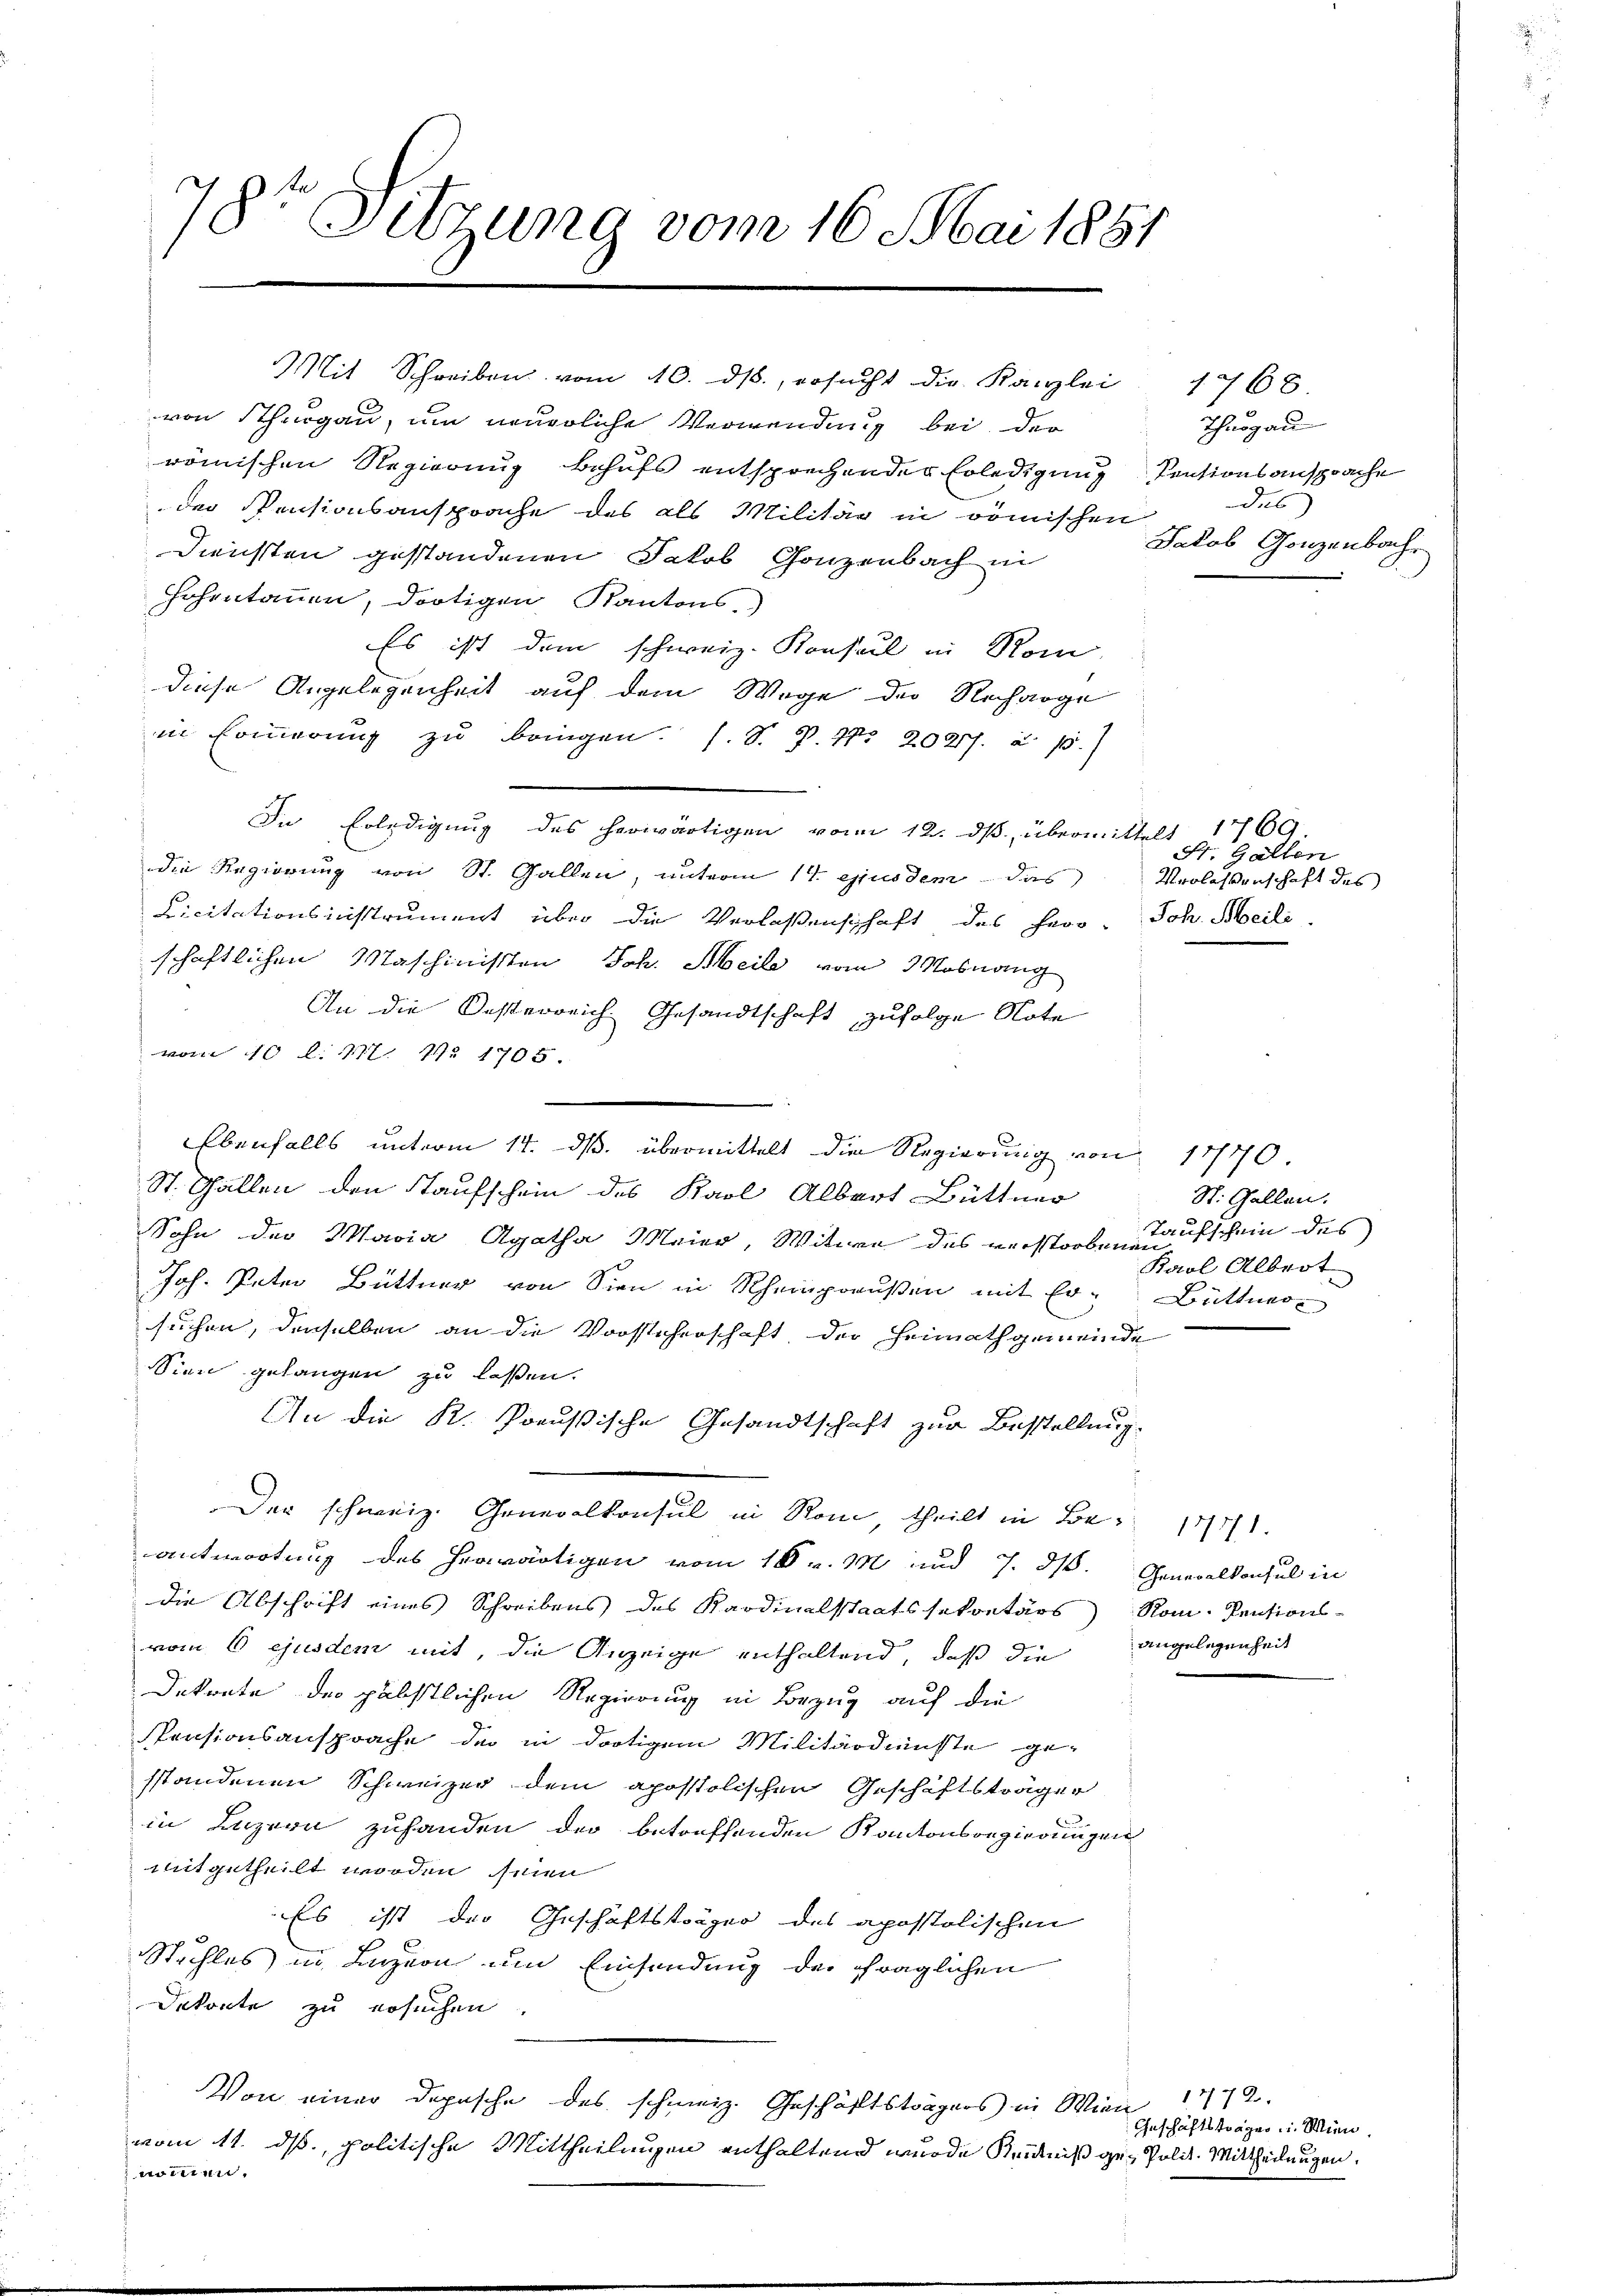
78. Sitzung vom 16. Mai 1881

von Thurgau, um wurdliche Verwendung bei der
römischen Regierung behufs entsprechender Erledigung Sentionsansprache
der Pensionsansprache des als Militär in römischen
Diensten gestandenen Jakob Ganzenbach in
Hohentanen, dortigen Kantons.)
Es ist dem schweiz. Konsul in Rom
diese Angelegenheit auf dem Wege der Recharge
in Erinnerung zu bringen. (S. P. Nr. 2027. u. s.
In Erledigung des herwärtigen vom 12. dβ übermittelt 1769
die Regierung von St. Gallen, unterm 14. ejusdem das
Licitationsinstrument über die Verlassenschaft des Herr Joh. Meile
schaftlichen Maschinisten Joh. Meile vom Mosnang
An die Oesterreich Gesandtschaft zufolge Note
vom 10 l. 117. No 1705
Ebenfalls unterm 14. ds. übermittelt die Regierung von 17770.
St. Gallen den Kaufschein des Karl Albert Büttner
Sohn der Maria Agatha Meier, Witwe des verstorbenen
Joh. Peter Büttner von Sien in Rheinporusen mit Ersuchen, denselben an die Vorsteherschaft, der Heimathgemeinde
Sien gelangen zu lassen.
An die K. Preußische Gesandtschaft zur Busstellung.
Der schweiz. Generalkonsul in Rom, theilt in Be- 1891
antwortung des herwärtigen vom 18 v. M. und 7. ds.
die Abschrift eines Schreibens des Kardinalstaatssekretärs Rom. Rentions-
vom 6. ejusdem mit, die Anzeige enthaltend, daß die Angelegenheit
Dekrete der päbstlichen Regierung in Bezug auf die
Pensionsansprache der in dortigem Militärdienste ge-
sstandenen Schweizer dem apostolischen Geschäftsträger
in Luzern zuhanden der betreffenden Kantonsregierungen
mitgetheilt worden seien
Es ist der Geschäftsträger des apostolischen
Stuhles in Luzern um Einsendung der fraglichen
Dekonte zu ersuchen.
Von einer Dopasche des schweiz. Geschäftsträgers in Wienvom 11. ds., politische Mittheilungen enthaltend wurde Kenntniß ge- Polit. Mittheilungen.
nomen.

Mit Schreiben vom 10. ds., ersŭcht die Kanzlei 1768.

Thurgau
des
Jakob Ganzenbach

St. Gallen
Verlassenschaft des

St. Gallen.
Taufschein des
Karl Albert
Büttner

Generalkonsul in

1772.
Geschäftsträger u. Wien.